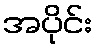
အပိုင်း